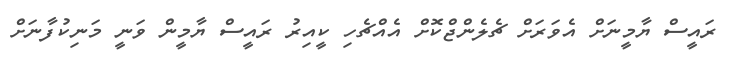
ރައީސް ޔާމީނަށް އެވަރަށް ޗެލެންޖްކޮށް އެއްޗެހި ކީއިރު ރައީސް ޔާމީން ވަނީ މަނިކުފާނަށް